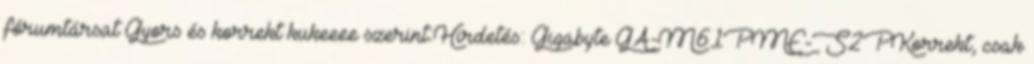
fórumtársat Gyors és korrekt kukeeee szerint:Hirdetés: Gigabyte GA-M61PME-S2PKorrekt, csak